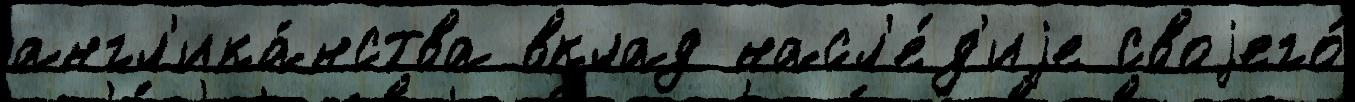
англ'ика́нства вклад насл'е́д'иjе своjего́